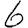
Digit: 6